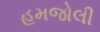
હમજોલી